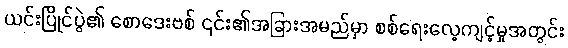
ယင်းပြိုင်ပွဲ၏ စောဒေးဗစ် ၎င်း၏အခြားအမည်မှာ စစ်ရေးလေ့ကျင့်မှုအတွင်း